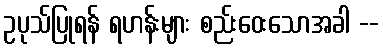
ဥပုသ်ပြုရန် ရဟန်းများ စည်းဝေးသောအခါ --